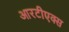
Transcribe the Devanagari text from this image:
आरटीएक्स